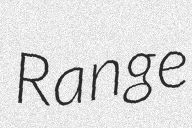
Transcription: Range